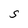
Character: S